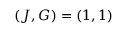
( J , G ) = ( 1 , 1 )